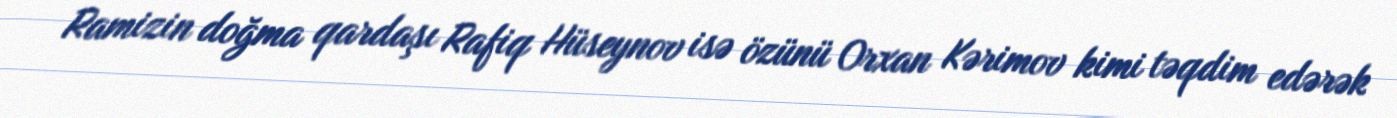
Ramizin doğma qardaşı Rafiq Hüseynov isə özünü Orxan Kərimov kimi təqdim edərək